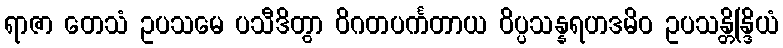
ရာဇာ တေသံ ဥပသမေ ပသီဒိတွာ ဝိဂတပင်္ကတာယ ဝိပ္ပသန္နရဟဒမိဝ ဥပသန္တိန္ဒြိယံ